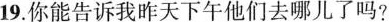
19.你能告诉我昨天下午他们去哪儿了吗?